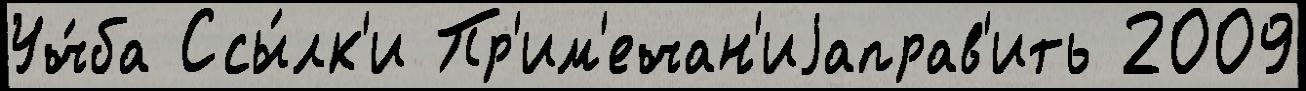
Уч́ба Ссы́лк'и Пр'им'ечан'иjаправ'ить 2009